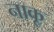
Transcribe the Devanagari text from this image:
नाकू